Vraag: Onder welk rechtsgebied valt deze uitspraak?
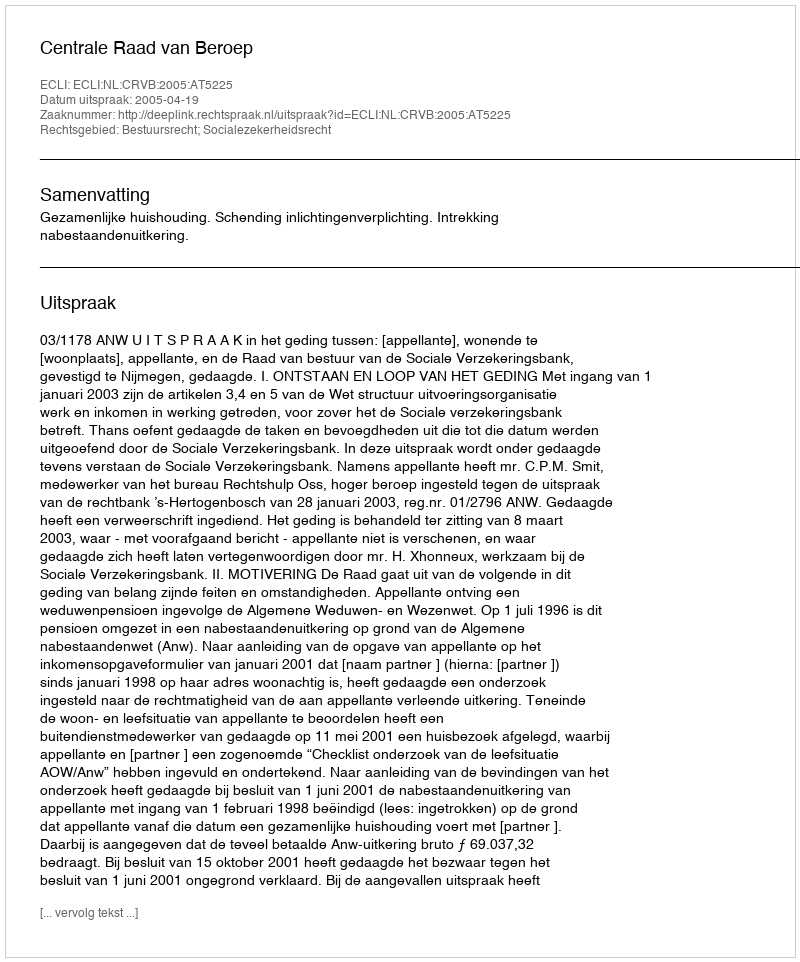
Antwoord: Bestuursrecht; Socialezekerheidsrecht